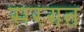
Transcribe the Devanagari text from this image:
सरगत